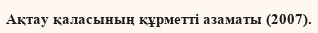
Ақтау қаласының құрметті азаматы (2007).